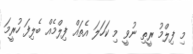
މި ފިލްމު ރީތި ނުވީ މި ކަހަލަ އެތައް ފިލްމެއް ބެލިފަ ހުރީމަ